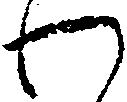
わ